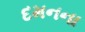
દમનના